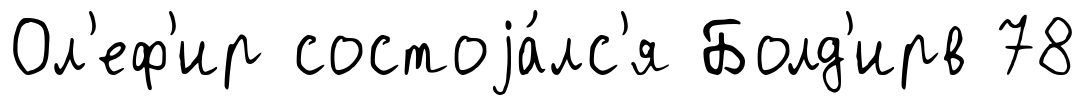
Ол'еф'ир состоjа́лс'я Болд'ирв 78